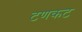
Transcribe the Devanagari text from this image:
टणकट